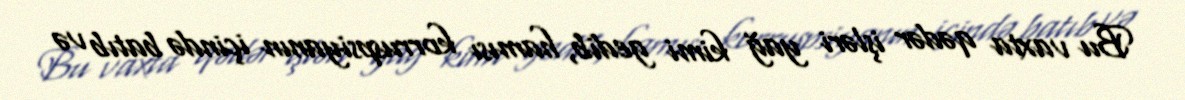
Bu vaxta qədər işləri yağ kimi gedib, hamısı korruspsiyanın içində batıb və